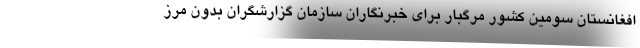
افغانستان سومین کشور مرگبار برای خبرنگاران سازمان گزارشگران بدون مرز